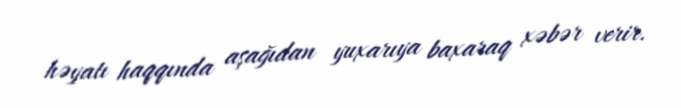
həyatı haqqında aşağıdan yuxarıya baxaraq xəbər verir.